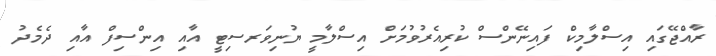
ރާއްޖޭގައި އިސްލާމިކް ފައިނޭންސް ކުރިއެރުވުމަށް އިސްލާމީ ޔުނިވަރސިޓީ އާއި އިންސިފް އާއި ދެމެދު